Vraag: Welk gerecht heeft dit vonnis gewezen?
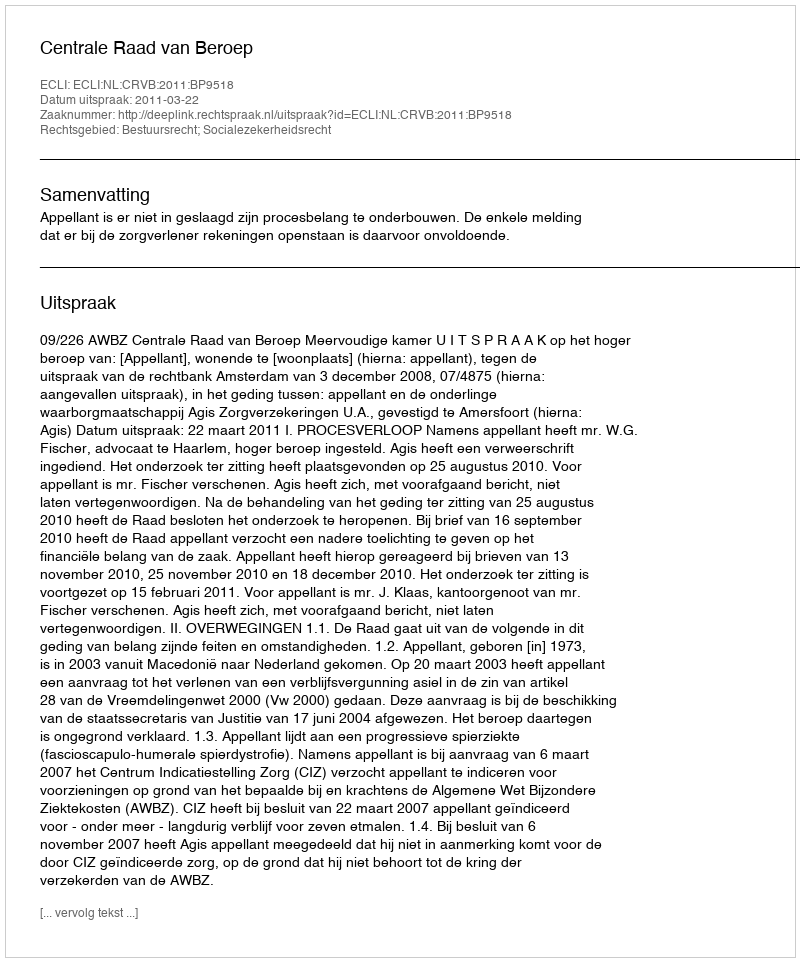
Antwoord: Centrale Raad van Beroep